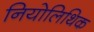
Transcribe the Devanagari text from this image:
नियोलिथिक